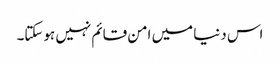
اس دنیا میں امن قائم نہیں ہوسکتا۔